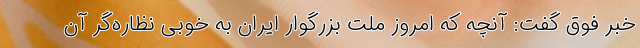
خبر فوق گفت: آنچه که امروز ملت بزرگوار ایران به خوبی نظاره‌گر آن